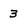
Character: 3